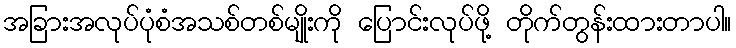
အခြားအလုပ်ပုံစံအသစ်တစ်မျိုးကို ပြောင်းလုပ်ဖို့ တိုက်တွန်းထားတာပါ။